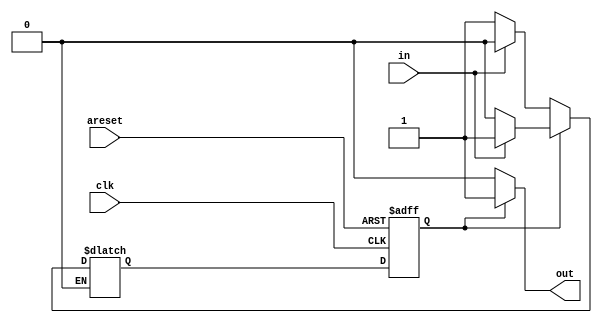
/*
Written by Aditya Wani
Github: https://github.com/25Aditya25
Solution to Sequential Logic -> Finite State Machnes -> Simple_Fsm1_asynchronous_reset
*/
module top_module(
    input clk,
    input areset,    // Asynchronous reset to state B
    input in,
    output out);//  

    parameter A=0, B=1; 
    reg state, next_state;

    always @(*) begin    // This is a combinational always block
        // State transition logic
        case(state)
            A: if(in==1'b1)
                begin
                	next_state<=A;
                end
            else if(in==1'b0)
                begin
                	next_state<=B;
                end
            B: if(in==1'b1)
                begin
                	next_state<=B;
                end
            else if(in==1'b0)
                begin
                	next_state<=A;
                end
        endcase
    end

    always @(posedge clk, posedge areset) begin    // This is a sequential always block
        // State flip-flops with asynchronous reset
        if(areset)
            begin
            	state <= B;
            end
        else 
            begin
        		state <= next_state;
        	end
    end
	
    
    // Output logic
    assign out = (state == A)?1'b0:1'b1;

endmodule